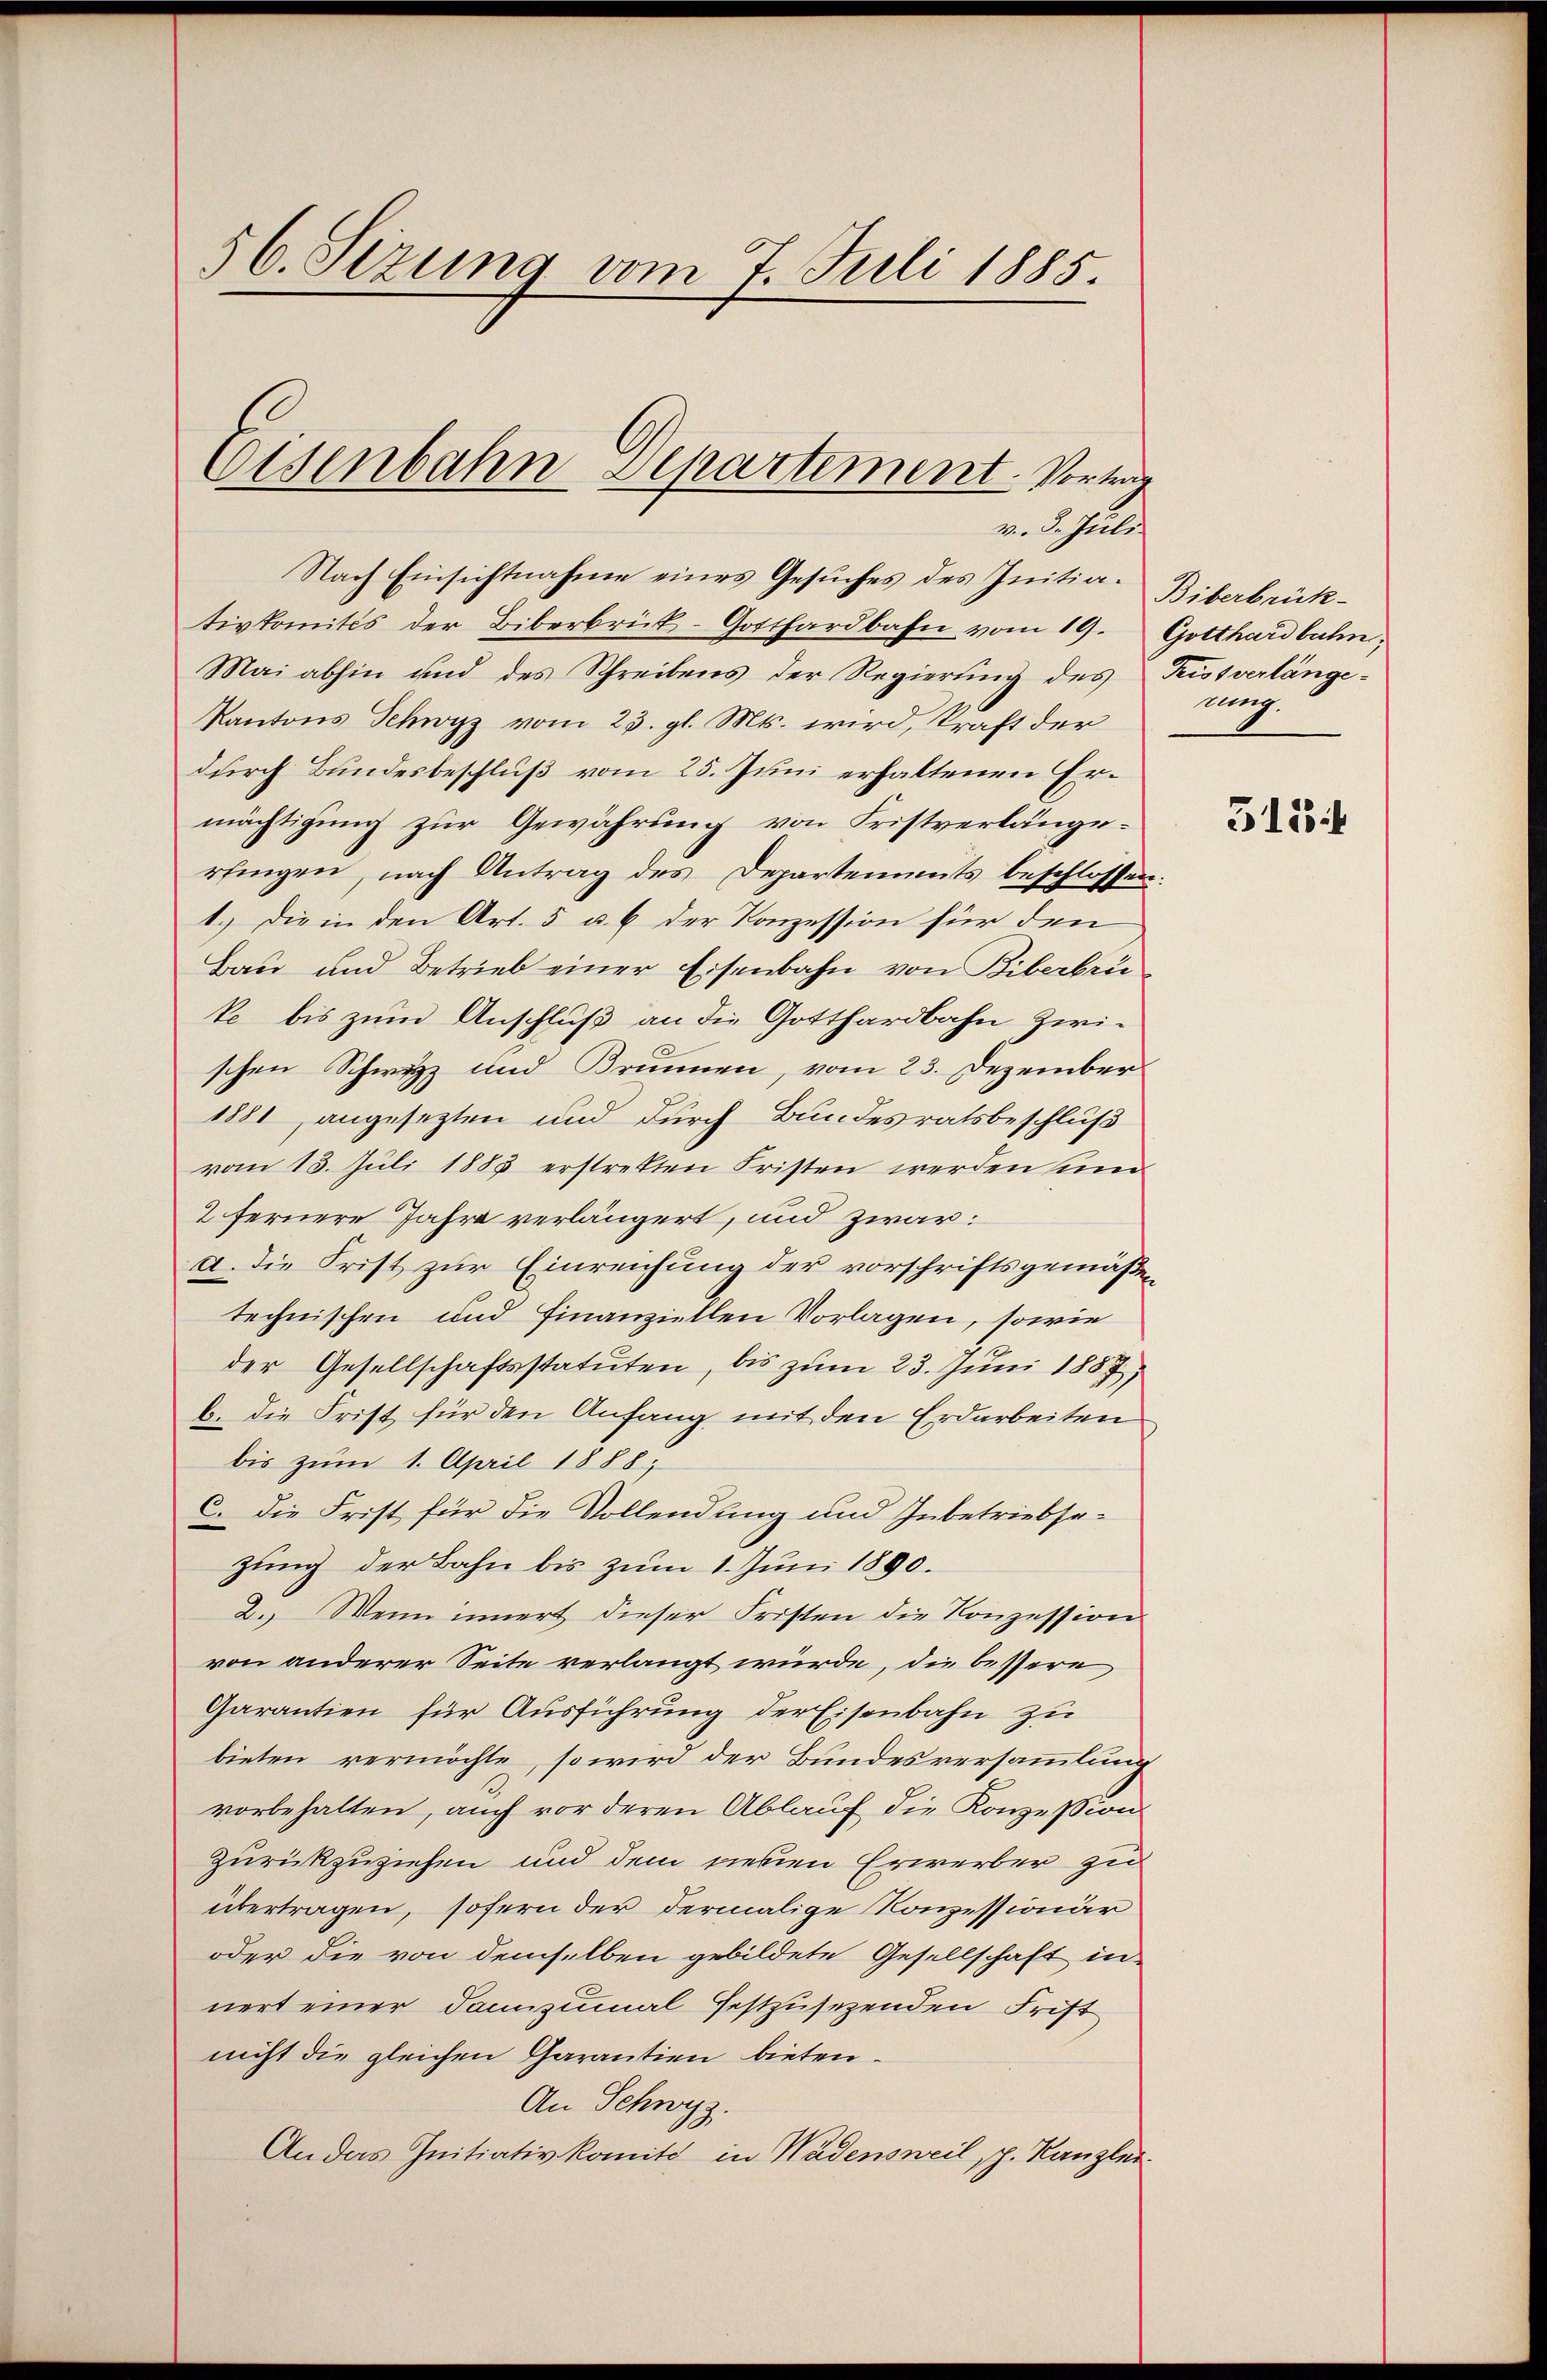
56. Sezung vom 7. Juli 1885.

Nach Einsichtnahme eines Gesuches des Initia. Biberbrück-
tivkomités der Biberbrück-Gotthardbahn vom 19.
Mai abhin und des Schreibens der Regierung des
Kantons Schwyz vom 23. gl. Mts. wird, kraft der
durch Bundesbeschluß vom 25. Juni erhaltenen Ermächtigung zur Gewährung von Fristverlängerfingen, nach Antrag des Departements beschlossen
1.) Die in den Art. 5 u. 6 der Konzession für den
Bau und Betrieb einer Eisenbahn von Biberbrü
ke bis zum Anschluß an die Gotthardbahn zwischen Schwyz und Brunnen, vom 23. Dezember
1881 angesezten und durch Bundesratsbeschluß
vom 13. Juli 1885 erstrekten Fristen werden sin
2 fernere Jahre verlängert, und zwar:
a. Die Frist zur Einreichung der vorschriftsgemäßen
technischen und Finanziellen Vorlagen, sowie
der Gesellschaftsstatuten, bis zum 23. Juni 1887,
b. die Frist für den Anfang mit den Erdarbeiten
bis zum 1. April 1888,
C. Die Frist für die Vollendung und Inbetriebsezung der Bahn bis zum 1. Juni 1890.
2. Wenn innert dieser Fristen die Konzession
von anderer Seite verlangt würde, die bessere
Garantien für Ausführung der Eisenbahn zu
bieten vermöchte, so wird der Bundesversammlung
vorbehalten, auch vor deren Ablauf die Konzession
Zurückzuziehen und dem neuen Erwerber zu
übertragen, sofern der dermalige Konzessionär
oder die von demselben gebildete Gesellschaft in
nert einer dannzumal festzusezenden Frist
nicht die gleichen Garantien bieten.
An Schwyz.
An das Initiativkomité in Wadensweil, p. Kanzler

Eisenbahn Separtement. Vortrag
v. d. Juli

Gotthardbahn.
Kios verlänge-
mung.

511